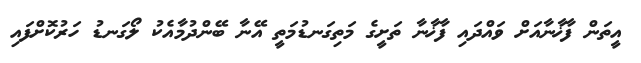
އީތަން ފާޚާނާއަށް ވައްދައި ފާޚާނާ ތަށީގެ މަތިގަނޑުމަތީ އޭނާ ބޭންދުމާއެކު ލޯގަނޑު ހަރުކޮށްފައި